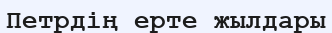
Петрдің ерте жылдары